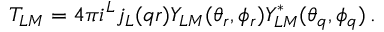
T _ { L M } = 4 \pi i ^ { L } j _ { L } { ( q r ) } Y _ { L M } { ( \theta _ { r } , \phi _ { r } ) } Y _ { L M } ^ { * } { ( \theta _ { q } , \phi _ { q } ) } \, .